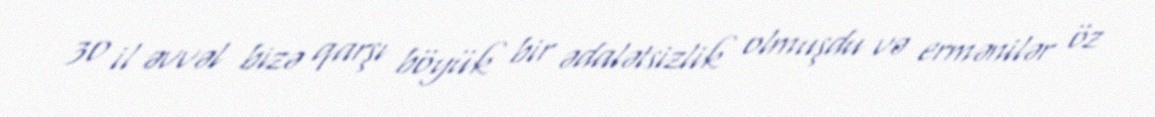
30 il əvvəl bizə qarşı böyük bir ədalətsizlik olmuşdu və ermənilər öz